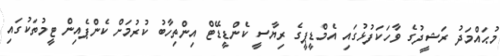
މުޙައްމަދު ރަޝީދުގެ ވާހަކަފުޅުގައި އެމްޑީޕީގެ ރިޔާސީ ކެންޑީޑޭޓް އިންތިހާބު ކުރުމަށް ކެންޕެއިން ޓީމުތަކުގައި